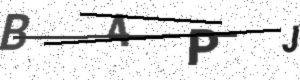
Text: B4PJ